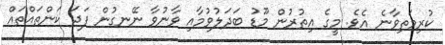
ކުރިމަތިވާނެ އެވެ. މީގެ އިތުރުން މޫޑު ބަދަލުވުމާއި ވާނުވާ ނޭނގުން ފަދަ ކަންތައްތައް